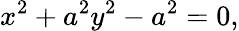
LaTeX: x^{2}+a^{2}y^{2}-a^{2}=0,